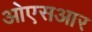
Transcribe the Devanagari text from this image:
ओएसआर